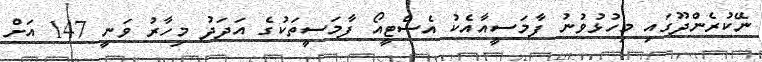
ނޭކުރެންދޫގައި މިހުޅުވުނު ފާމަސީއާއެކު އެސްޓީއޯ ފާމަސީތަކުގެ އަދަދު މިހާރު ވަނީ 147 އަށް